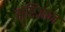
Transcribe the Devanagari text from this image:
सॄष्टिज्ञान